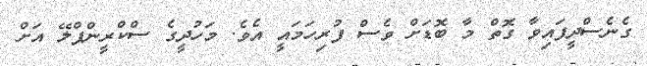
ގެނެސްދީފައިވާ ގޮތް މާ ބޮޑަށް ވެސް ފުރިހަމައީ އެވެ. މަހުދީގެ ސްކްރީންޕްލޭ އަށް